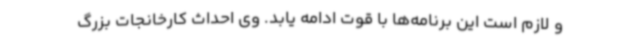
و لازم است این برنامه‌ها با قوت ادامه یابد. وی احداث کارخانجات بزرگ